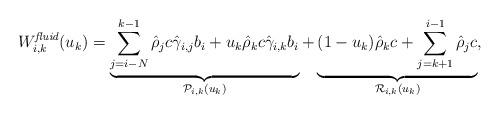
LaTeX: \begin{align*}W_{i,k}^{\textit{fluid}}(u_k) = \underbrace{\sum_{j=i-N}^{k-1}\hat\rho_jc\hat\gamma_{i,j}b_i+u_k\hat\rho_kc\hat\gamma_{i,k}b_i}_{\mathcal{P}_{i,k}(u_k)} + \underbrace{(1-u_k)\hat\rho_k c+\sum_{j=k+1}^{i-1}\hat\rho_j c}_{\mathcal{R}_{i,k}(u_k)},\end{align*}